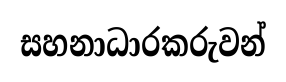
සහනාධාරකරුවන්